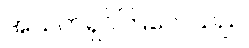
အသက်ရှင်ကြလေသည်